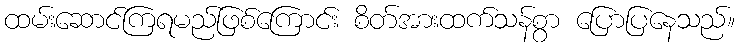
ထမ်းဆောင်ကြရမည်ဖြစ်ကြောင်း စိတ်အားထက်သန်စွာ ပြောပြနေသည်။